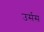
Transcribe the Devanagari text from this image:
उर्सस